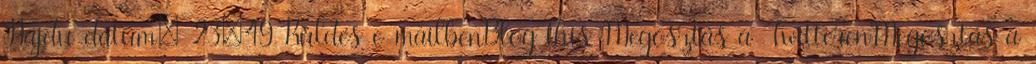
Hajdu dátum: 23:49 Küldés e-mailbenBlogThis Megosztás a TwitterenMegosztás a